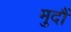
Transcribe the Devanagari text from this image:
मुदौं